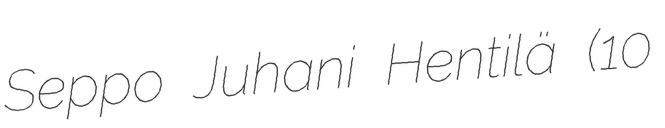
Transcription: Seppo Juhani Hentilä (10